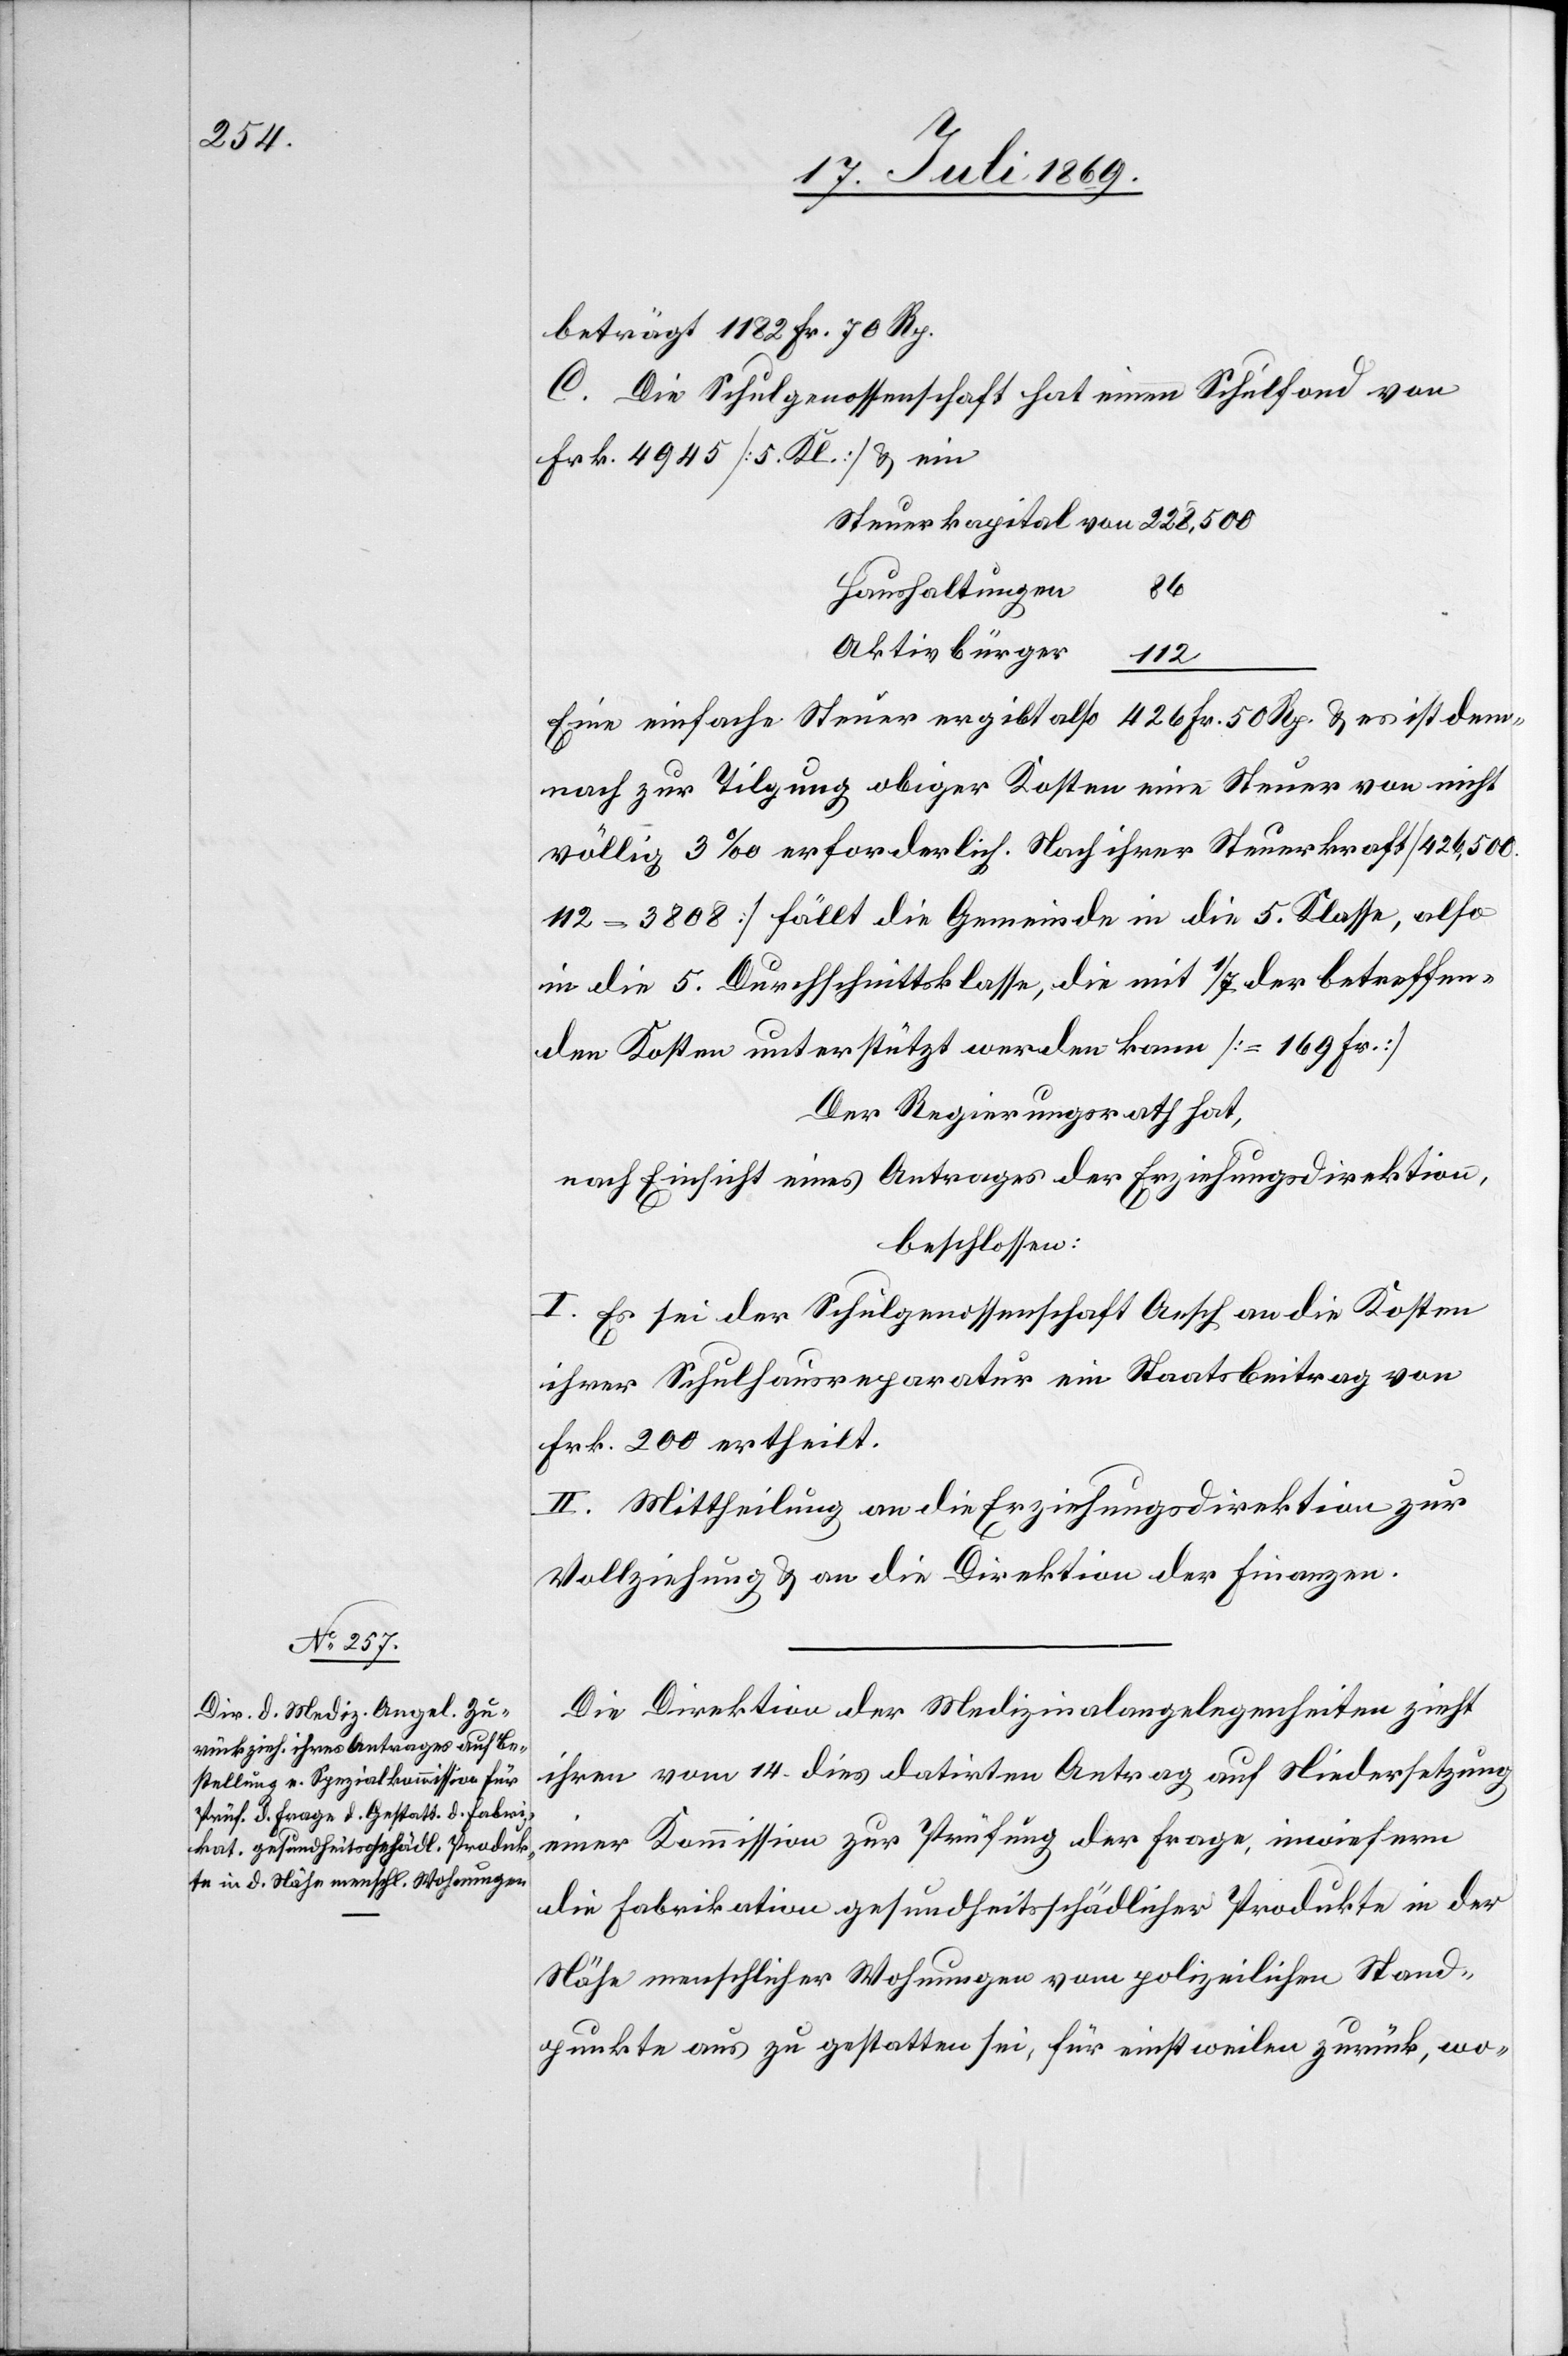
beträgt 1182 Fr. 70 Rp.
C. Die Schulgenossenschaft hat einen Schulfond von
Frk. 4945 [5 Kl.] u. ein
Steuerkapital von 		228,500
Haushaltungen	86
Aktivbürger		112
Eine einfache Steuer ergibt also 426 Fr. 50 Rp. u. es ist dem¬
nach zur Tilgung obiger Kosten eine Steuer von nicht
völlig 3‰ erforderlich. Nach ihrer Steuerkraft
fällt die Gemeinde in die 5 Klasse, also
in die 5 Durchschnittsklasse, die mit 1/7 der betreffen¬
den Kosten unterstützt werden kann [=169 Fr.]
Der Regierungsrath hat,
nach Einsicht eines Antrages der Erziehungsdirektion,
beschlossen:
I. Es sei der Schulgenossenschaft Aesch an die Kosten
ihrer Schulhausreparatur ein Staatsbeitrag von
Frk. 200 ertheilt.
II. Mittheilung an die Erziehungsdirektion zur
Vollziehung u. an die Direktion der Finanzen.
Die Direktion der Medizinalangelegenheiten zieht
ihren vom 14 dies datirten Antrag auf Niedersetzung
einer Kommission zur Prüfung der Frage, inwiefern
die Fabrikation gesundheitsschädlicher Produkte in der
Nähe menschlicher Wohnungen vom polizeilichen Stand¬
punkte aus zu gestatten sei, für einstweilen zurück, wo-